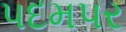
પદમપર